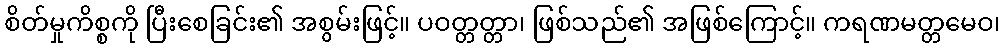
စိတ်မှုကိစ္စကို ပြီးစေခြင်း၏ အစွမ်းဖြင့်။ ပဝတ္တတ္တာ၊ ဖြစ်သည်၏ အဖြစ်ကြောင့်။ ကရဏမတ္တမေဝ၊